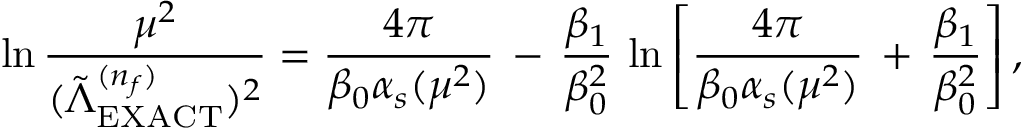
\ln \frac { \mu ^ { 2 } } { ( \tilde { \Lambda } _ { \mathrm { E X A C T } } ^ { ( n _ { f } ) } ) ^ { 2 } } = \frac { 4 \pi } { \beta _ { 0 } \alpha _ { s } ( \mu ^ { 2 } ) } \, - \, \frac { \beta _ { 1 } } { \beta _ { 0 } ^ { 2 } } \, \ln \left[ \frac { 4 \pi } { \beta _ { 0 } \alpha _ { s } ( \mu ^ { 2 } ) } \, + \, \frac { \beta _ { 1 } } { \beta _ { 0 } ^ { 2 } } \right] ,